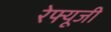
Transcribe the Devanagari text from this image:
रेफ्यूजी